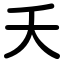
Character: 夭